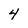
Character: 4